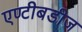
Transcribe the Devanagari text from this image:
एण्टीबडीज